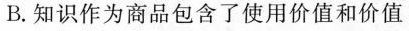
B.知识作为商品包含了使用价值和价值